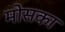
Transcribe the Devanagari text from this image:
मोसका